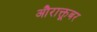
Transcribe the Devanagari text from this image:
औराक्तूबर